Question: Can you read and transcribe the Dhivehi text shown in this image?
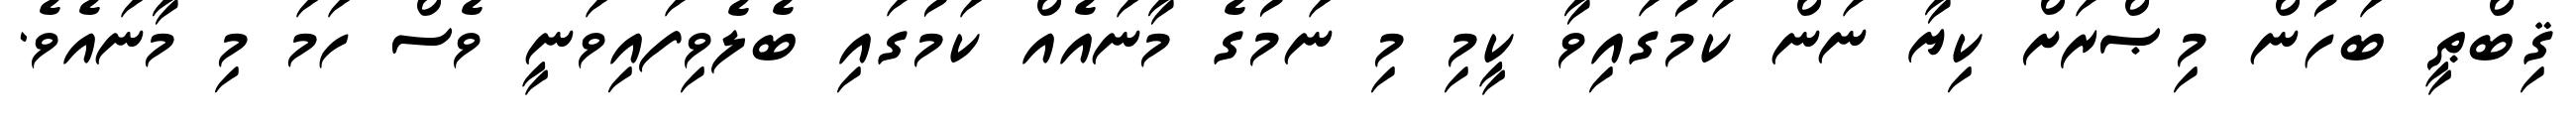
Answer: ޤިބްޠީ ބަހުން މިޞްރަށް ކިޔާ ނަން ކަމުގައިވާ ކީމި މި ނަމުގެ މާނައެއް ކަމުގައި ބެލެވިފައިވަނީ ވެސް ހަމަ މި މާނައެވެ.